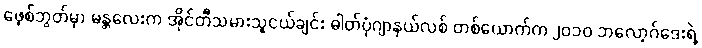
ဖေ့စ်ဘွတ်မှာ မန္တလေးက အိုင်တီသမားသူငယ်ချင်း ဓါတ်ပုံဂျာနယ်လစ် တစ်ယောက်က ၂၀၁၀ ဘလော့ဂ်ဒေးရဲ့